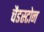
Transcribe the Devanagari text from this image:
चैडस्टोन